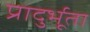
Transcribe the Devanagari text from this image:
प्रादुर्भूता